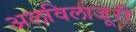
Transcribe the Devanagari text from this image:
अलविलाजूरी